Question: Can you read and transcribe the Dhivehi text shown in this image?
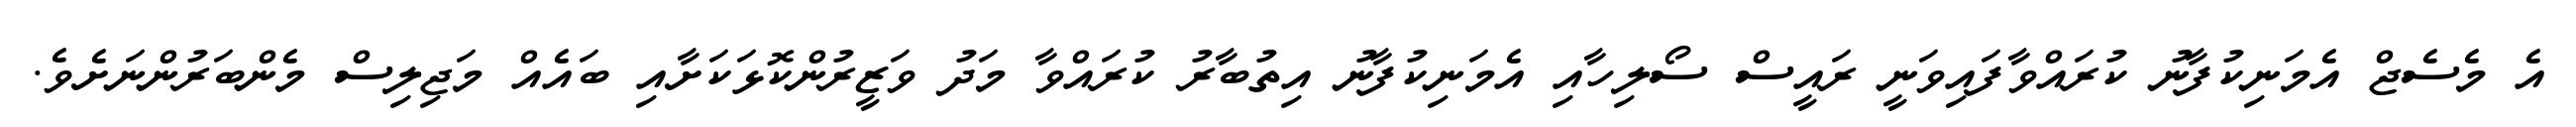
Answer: އެ މެސެޖް އެމަނިކުފާނު ކުރައްވާފައިވަނީ ރައީސް ސޯލިހާއި އެމަނިކުފާނު އިތުބާރު ކުރައްވާ މަދު ވަޒީރުންކޮޅަކަށާއި ބައެއް މަޖިލިސް މެންބަރުންނަށެވެ.